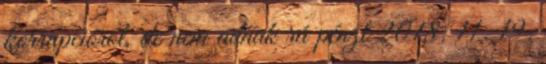
korrupcióról, de nem adnak rá pénzt 2018. 11. 19.